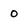
Character: 0